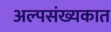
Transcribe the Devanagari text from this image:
अल्पसंख्यकात